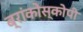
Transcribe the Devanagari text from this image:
ब्रांकोस्कोपी